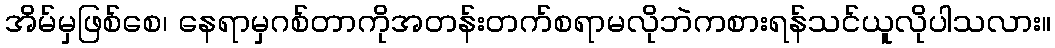
အိမ်မှဖြစ်စေ၊ နေရာမှဂစ်တာကိုအတန်းတက်စရာမလိုဘဲကစားရန်သင်ယူလိုပါသလား။